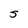
Character: S